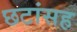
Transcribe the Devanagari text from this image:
छटांसह